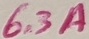
Text: 6.3A